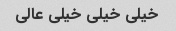
خیلی خیلی خیلی عالی